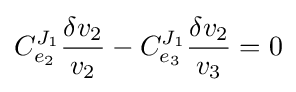
C_{e_{2}}^{J_{1}}{\frac {\delta v_{2}}{v_{2}}}-C_{e_{3}}^{J_{1}}{\frac {\delta v_{2}}{v_{3}}}=0